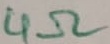
Text: 4Ω